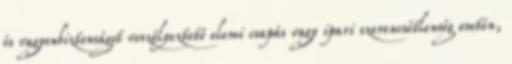
és vagyonbiztonságot veszélyeztető elemi csapás vagy ipari szerencsétlenség esetén,